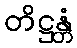
တိဋ္ဌန္တံ